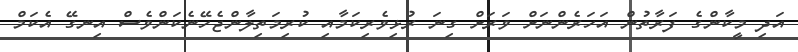
އަދި މީކާންގެ ފަރާތުން އަހަރެންނަށް ވަރަށް ގިނަ ރުޅިވެރިކަމާއި ކުރިމަތިލާންޖެހޭނެކަންވެސް އިނގޭ އެކަމް